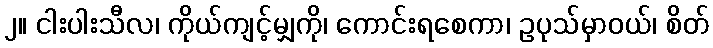
၂။ ငါးပါးသီလ၊ ကိုယ်ကျင့်မျှကို၊ ကောင်းရစေကာ၊ ဥပုသ်မှာဝယ်၊ စိတ်